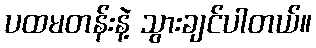
ပထမတန်းနဲ့ သွားချင်ပါတယ်။